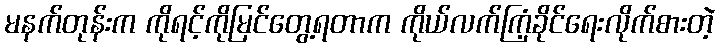
မနက်တုန်းက ကိုရင့်ကိုမြင်တွေ့ရတာက ကိုယ်လက်ကြံ့ခိုင်ရေးလိုက်စားတဲ့